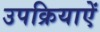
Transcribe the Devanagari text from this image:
उपक्रियाऐं